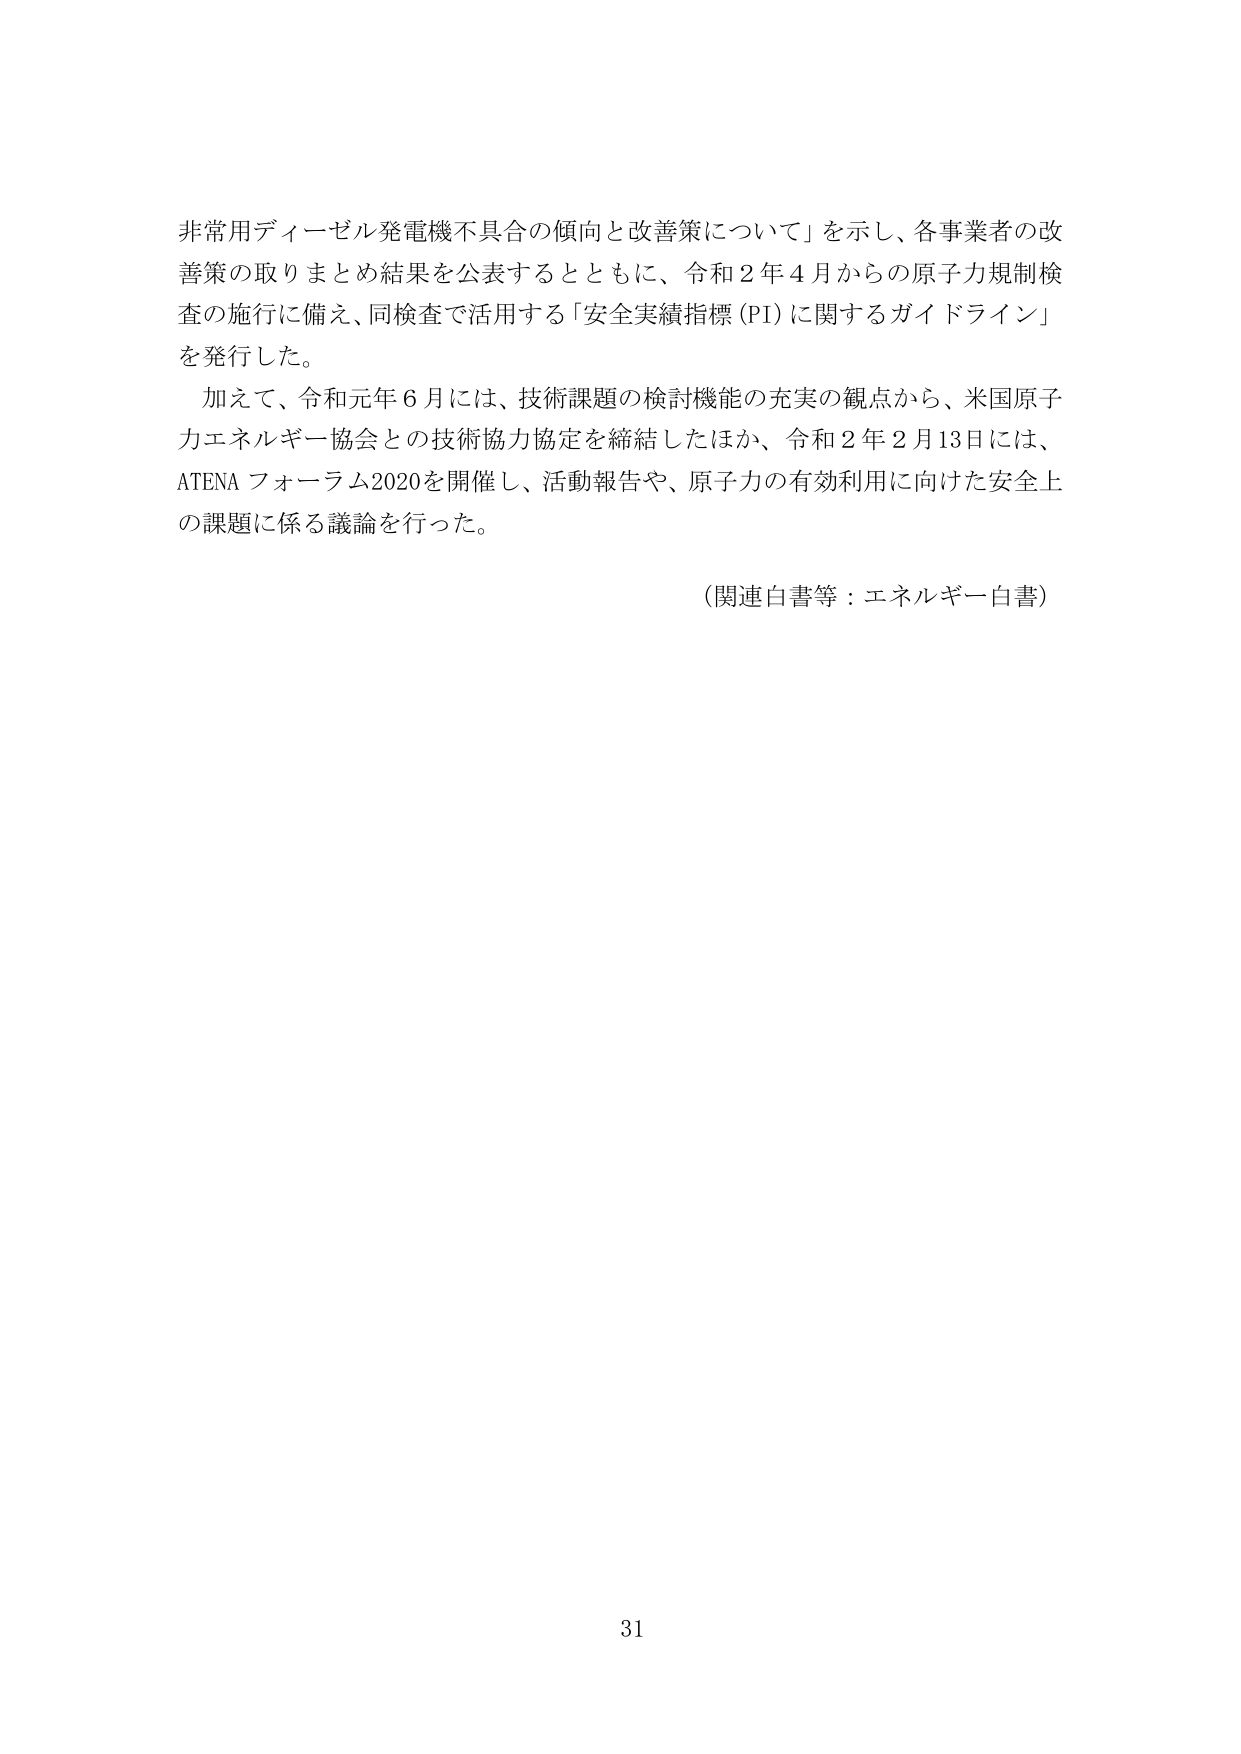
非常用ディーゼル発電機不具合の傾向と改善策について」を示し、各事業者の改善策の取りまとめ結果を公表するとともに、令和２年４月からの原子力規制検査の施行に備え、同検査で活用する「安全実績指標（PI）に関するガイドライン」を発行した。

加えて、令和元年６月には、技術課題の検討機能の充実の観点から、米国原子力エネルギー協会との技術協力協定を締結したほか、令和２年２月13日には、ATENA フォーラム2020を開催し、活動報告や、原子力の有効利用に向けた安全上の課題に係る議論を行った。

（関連白書等：エネルギー白書）

31